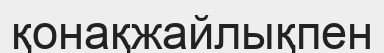
қонақжайлықпен